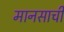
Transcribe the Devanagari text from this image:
मानसाची